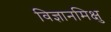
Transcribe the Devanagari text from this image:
विज्ञानमिक्षु